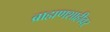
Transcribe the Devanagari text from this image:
ब्राह्मणशाहीवर